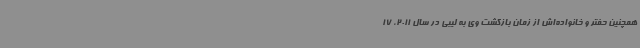
همچنین حفتر و خانواده‌اش از زمان بازگشت وی به لیبی در سال 2011، 17